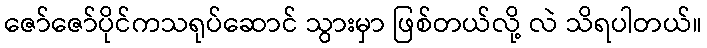
ဇော်ဇော်ပိုင်ကသရုပ်ဆောင် သွားမှာ ဖြစ်တယ်လို့ လဲ သိရပါတယ်။